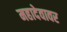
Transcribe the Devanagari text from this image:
महादेवावर